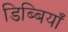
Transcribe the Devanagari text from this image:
डिब्बियाँ